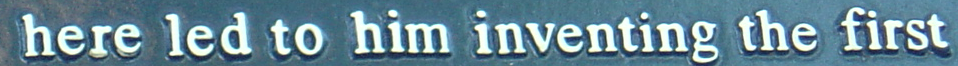
gere led to him inventing the first